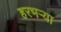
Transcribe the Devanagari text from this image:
हरभऱ्या